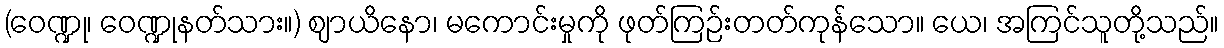
(ဝေဏ္ဍု၊ ဝေဏ္ဍုနတ်သား။) ဈာယိနော၊ မကောင်းမှုကို ဖုတ်ကြဉ်းတတ်ကုန်သော။ ယေ၊ အကြင်သူတို့သည်။